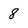
Character: 8